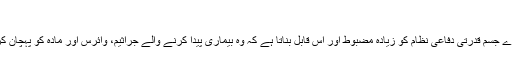
بیماریوں سے بچاؤ
لیموں پانی کا روزانہ استعمال ہمارے جسم قدرتی دفاعی نظام کو زیادہ مضبوط اور اس قابل بناتا ہے کہ وہ بیماری پیدا کرنے والے جراثیم، وائرس اور مادہ کو پہچان کر تیزی سے ان کا قلع قمع کرسکے۔